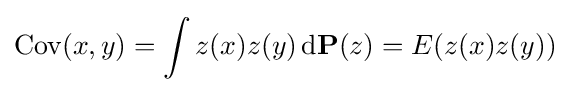
\mathrm {Cov} (x,y)=\int z(x)z(y)\,\mathrm {d} \mathbf {P} (z)=E(z(x)z(y))